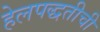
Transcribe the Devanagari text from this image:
हेलपद्धतीची